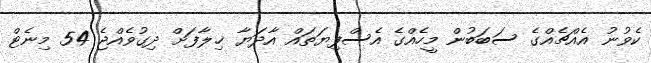
ކެވުނު އެއްޗެއްގެ ސަބަބުން މީހެއްގެ އެސްފިޔަތައް އާދަޔާ ޚިލާފަށް ދިގުވެއްޖެ 54 މިނެޓް